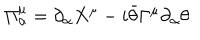
\Pi _ { \alpha } ^ { \mu } = \partial _ { \alpha } X ^ { \mu } - i \bar { \theta } \Gamma ^ { \mu } \partial _ { \alpha } \theta